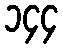
၁၄၄